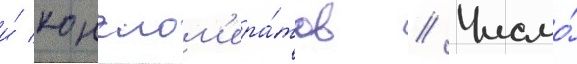
и́ конглом'ера́тов // Число́